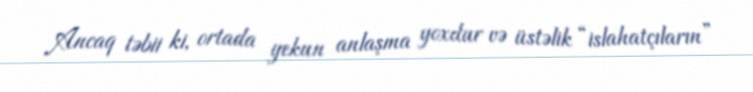
Ancaq təbii ki, ortada yekun anlaşma yoxdur və üstəlik “islahatçıların”